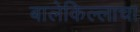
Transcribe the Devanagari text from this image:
बालेकिल्लाचा